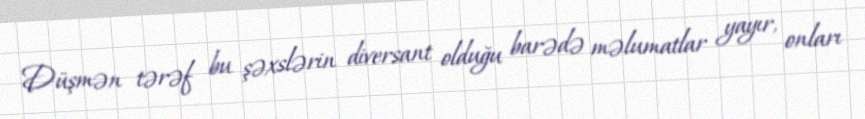
Düşmən tərəf bu şəxslərin diversant olduğu barədə məlumatlar yayır, onları